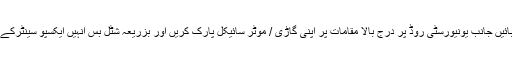
حسن اسکوائر سے بائیں جانب یونیورسٹی روڈ پر درج بالا مقامات پر اپنی گاڑی / موٹر سائیکل پارک کریں اور بزریعہ شٹل بس انہیں ایکسپو سینٹرکے پاس لایا جائے گا ۔